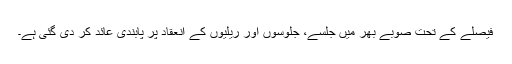
فیصلے کے تحت صوبے بھر میں جلسے، جلوسوں اور ریلیوں کے انعقاد پر پابندی عائد کر دی گئی ہے۔